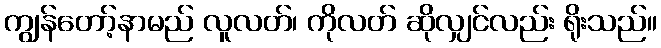
ကျွန်တော့်နာမည် လူလတ်၊ ကိုလတ် ဆိုလျှင်လည်း ရိုးသည်။